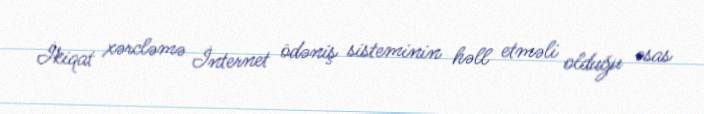
İkiqat xərcləmə İnternet ödəniş sisteminin həll etməli olduğu əsas